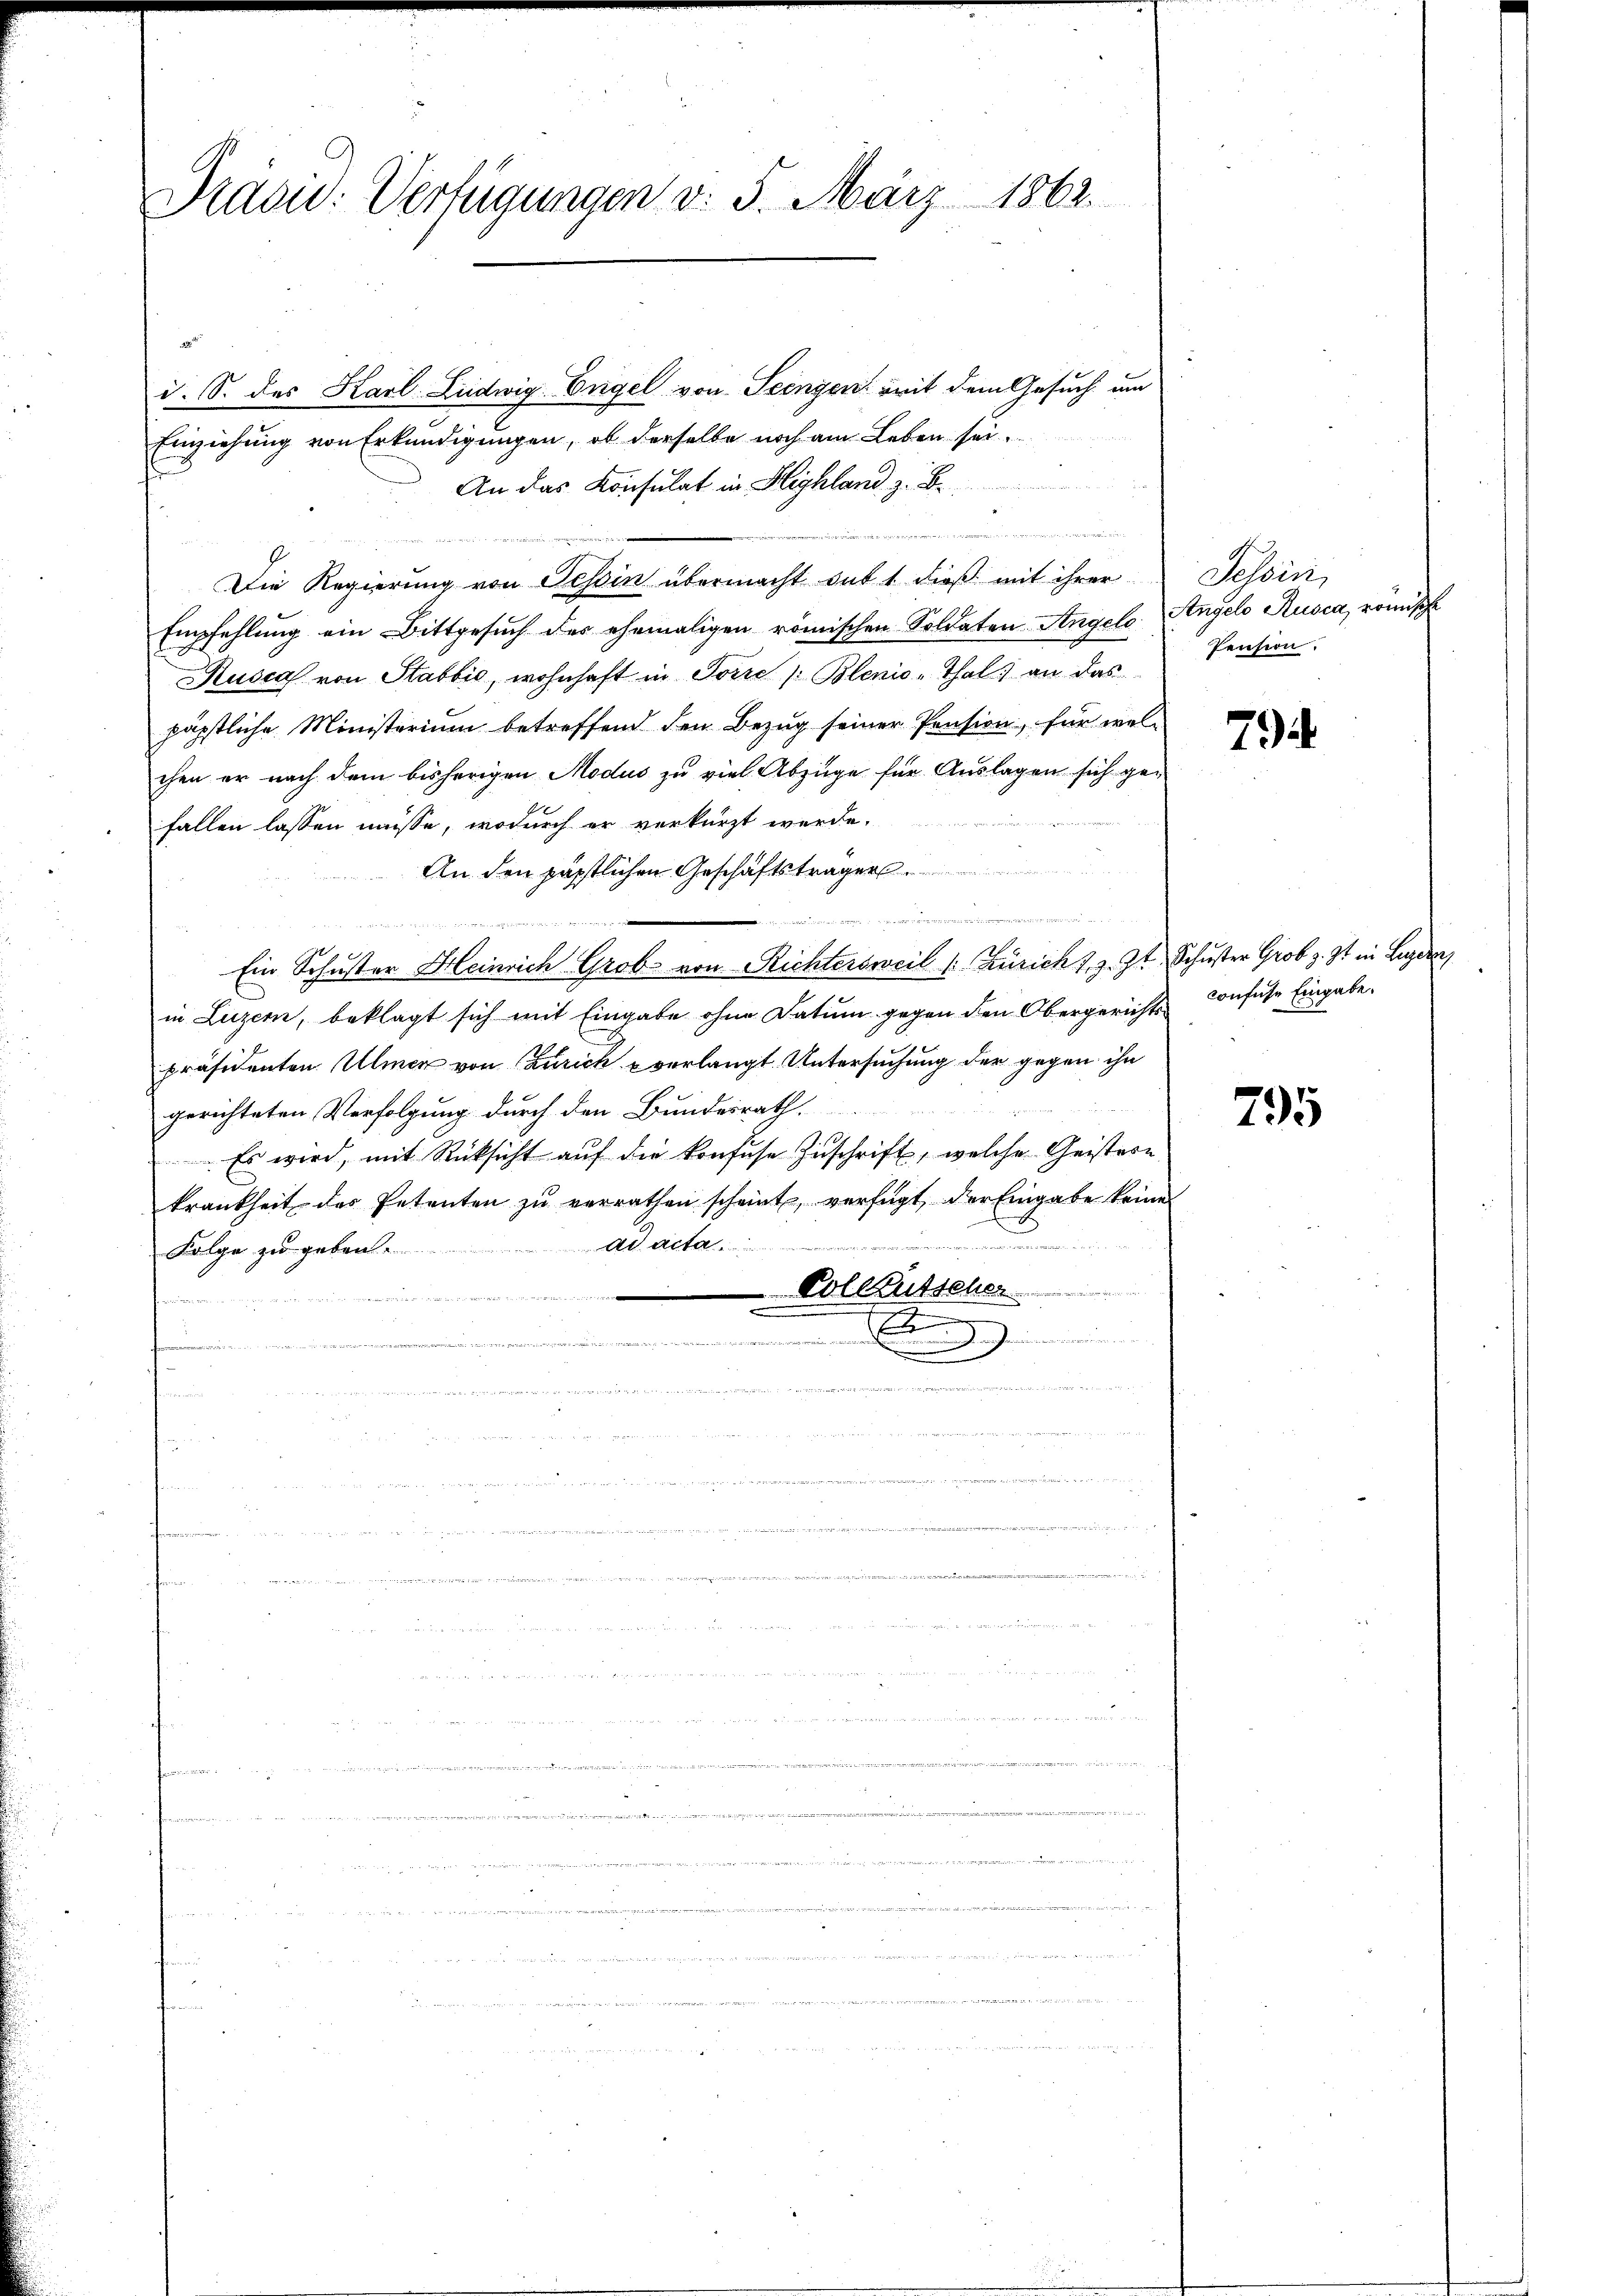
Pravic: Verfügungen v. 5. März 1862.

i. S. des Karl Ludwig Engel von Teingen mit dem Gesuch um
Einziehung von Erkundigungen, ob derselbe noch am Leben sei.
An das Konsulat in Highland z. B
.
Die Regierung von Tessin übermacht das 1 dieß mit ihrer
Empfehlung ein Bittgesuch des ehemaligen römischen Soldaten Angelo Angelo Rusca, römische
Kusca von Stabbić, wohnhaft in Torre / Blenio-Thal an das
päpstliche Ministerium betreffend den Bezug seiner Pension, für welchen er nach dem bisherigen Modus zu viel Abzüge für Auslagen sich gefallen lassen müsse, wodurch er verkürzt werde.
An den päpstlichen Geschäftsträger
dass die
Ein Schuster Heinrich Grob von Richtersweil (: Zürich J. z. Zt. Schuster Grob z. Zt. in Lie
in Luzern, beklagt sich mit Eingabe ohne Datum gegen den Obergerichts Confuse Eingabe
präsidenten Ulmer von Zürich verlangt. Untersuchung der gegen ihn
gerichteten Verfolgung durch den Bundesrath.
 Es wird, mit Rücksicht auf die Konfuse Zuschrift, welche Geistern
krankheit des Petenten zŭ verrathen scheint, verfügt, der Eingabe keine
Folge zu geben .............................. ad acta
 Vollzusschen

.
n
.
d

e

...........

Tessin,
Pension.

794

795